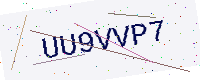
Text: UU9VVP7